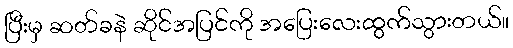
ပြီးမှ ဆတ်ခနဲ ဆိုင်အပြင်ကို အပြေးလေးထွက်သွားတယ်။